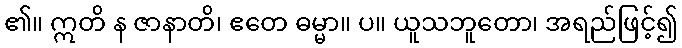
၏။ ဣတိ န ဇာနာတိ၊ ဧတေ ဓမ္မာ။ ပ။ ယူသဘူတော၊ အရည်ဖြင့်၍